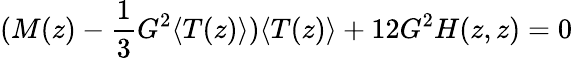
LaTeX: (M(z)-\frac{1}{3}G^{2}\langle T(z)\rangle)\langle T(z)\rangle+12G^{2}H(z,z)=0